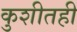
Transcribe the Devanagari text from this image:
कुशीतही